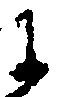
于